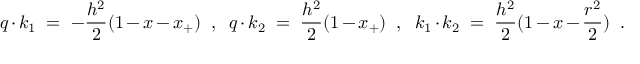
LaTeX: q \cdot k _ { 1 } \; = \; - { \frac { h ^ { 2 } } { 2 } } ( 1 - x - x _ { + } ) \; \; , \; \; q \cdot k _ { 2 } \; = \; { \frac { h ^ { 2 } } { 2 } } ( 1 - x _ { + } ) \; \; , \; \; k _ { 1 } \cdot k _ { 2 } \; = \; { \frac { h ^ { 2 } } { 2 } } ( 1 - x - { \frac { r ^ { 2 } } { 2 } } ) \; \; .